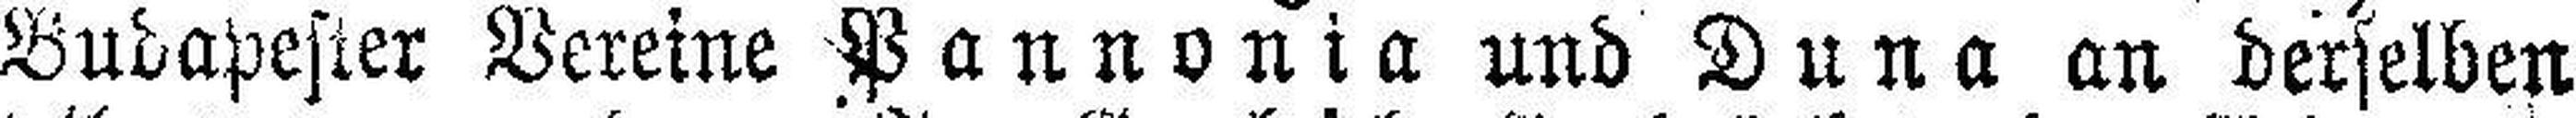
Budapester Vereine Pannonia und Duna an derselben